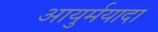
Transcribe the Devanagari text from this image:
आयुर्मयादा